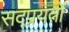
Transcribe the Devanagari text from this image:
सद्प्रयत्नों